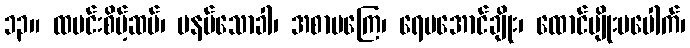
၁၃။ ထမင်းစိမ့်ဆပ်၊ မနပ်သောခါ၊ အစာမကြေ၊ ရေမအောင်ချိုး၊ ထောင်ပျိုးမပေါက်၊